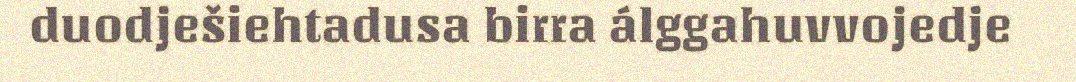
duodješiehtadusa birra álggahuvvojedje